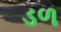
ડળ